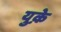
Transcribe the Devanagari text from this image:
युक़े